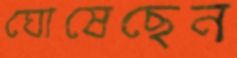
ঘোষেছেন